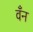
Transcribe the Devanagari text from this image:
वँन